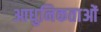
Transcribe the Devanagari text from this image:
आधुनिकताओं